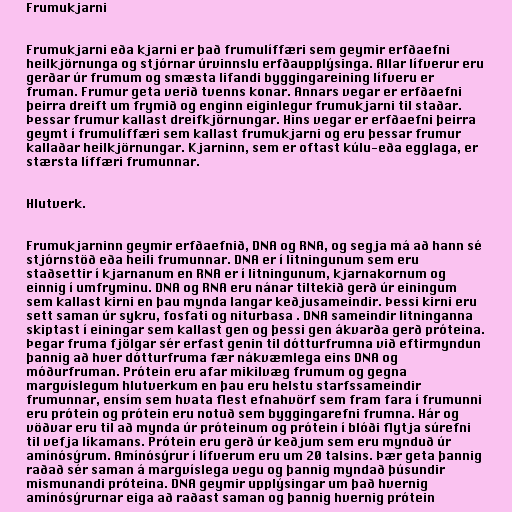
Frumukjarni

Frumukjarni eða kjarni er það frumulíffæri sem geymir erfðaefni
heilkjörnunga og stjórnar úrvinnslu erfðaupplýsinga. Allar lífverur eru
gerðar úr frumum og smæsta lifandi byggingareining lífveru er
fruman. Frumur geta verið tvenns konar. Annars vegar er erfðaefni
þeirra dreift um frymið og enginn eiginlegur frumukjarni til staðar.
Þessar frumur kallast dreifkjörnungar. Hins vegar er erfðaefni þeirra
geymt í frumulíffæri sem kallast frumukjarni og eru þessar frumur
kallaðar heilkjörnungar. Kjarninn, sem er oftast kúlu-eða egglaga, er
stærsta líffæri frumunnar.

Hlutverk.

Frumukjarninn geymir erfðaefnið, DNA og RNA, og segja má að hann sé
stjórnstöð eða heili frumunnar. DNA er í litningunum sem eru
staðsettir í kjarnanum en RNA er í litningunum, kjarnakornum og
einnig í umfryminu. DNA og RNA eru nánar tiltekið gerð úr einingum
sem kallast kirni en þau mynda langar keðjusameindir. Þessi kirni eru
sett saman úr sykru, fosfati og niturbasa . DNA sameindir litninganna
skiptast í einingar sem kallast gen og þessi gen ákvarða gerð próteina.
Þegar fruma fjölgar sér erfast genin til dótturfrumna við eftirmyndun
þannig að hver dótturfruma fær nákvæmlega eins DNA og
móðurfruman. Prótein eru afar mikilvæg frumum og gegna
margvíslegum hlutverkum en þau eru helstu starfssameindir
frumunnar, ensím sem hvata flest efnahvörf sem fram fara í frumunni
eru prótein og prótein eru notuð sem byggingarefni frumna. Hár og
vöðvar eru til að mynda úr próteinum og prótein í blóði flytja súrefni
til vefja líkamans. Prótein eru gerð úr keðjum sem eru mynduð úr
amínósýrum. Amínósýrur í lífverum eru um 20 talsins. Þær geta þannig
raðað sér saman á margvíslega vegu og þannig myndað þúsundir
mismunandi próteina. DNA geymir upplýsingar um það hvernig
amínósýrurnar eiga að raðast saman og þannig hvernig prótein